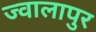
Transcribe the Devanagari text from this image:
ज्‍वालापुर